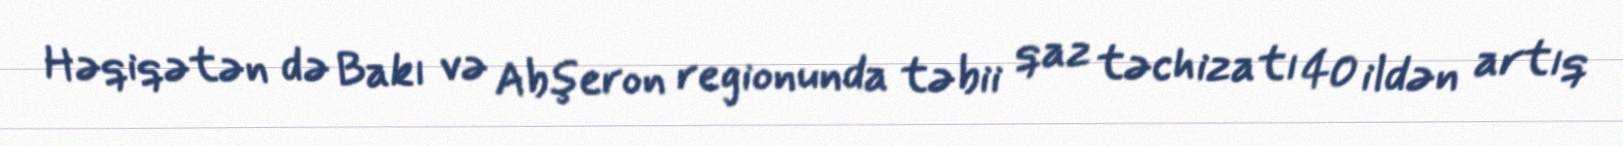
Həqiqətən də Bakı və Abşeron regionunda təbii qaz təchizatı 40 ildən artıq